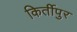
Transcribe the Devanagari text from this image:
किर्तीपुर